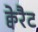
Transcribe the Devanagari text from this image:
क्वेरैट